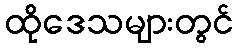
ထိုဒေသများတွင်